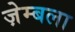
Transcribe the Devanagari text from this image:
ज़ेम्बला